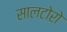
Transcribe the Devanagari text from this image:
सालटोरो